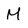
Character: M